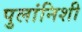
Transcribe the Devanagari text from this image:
पुलांनिशी